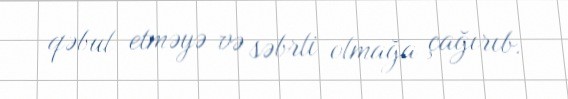
qəbul etməyə və səbrli olmağa çağırıb.